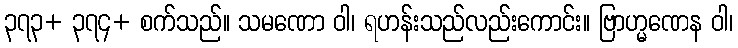
၃၇၃+ ၃၇၄+ စက်သည်။ သမဏော ဝါ၊ ရဟန်းသည်လည်းကောင်း။ ဗြာဟ္မဏေန ဝါ၊